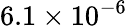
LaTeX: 6.1\times 10^{-6}